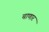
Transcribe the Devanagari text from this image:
चाणार